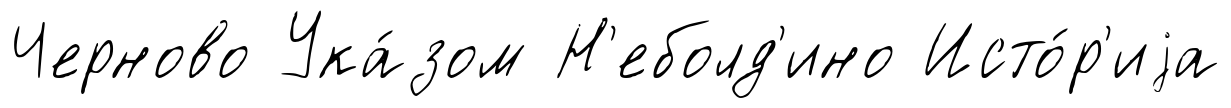
Черново Ука́зом Н'еболд'ино Исто́р'иjа